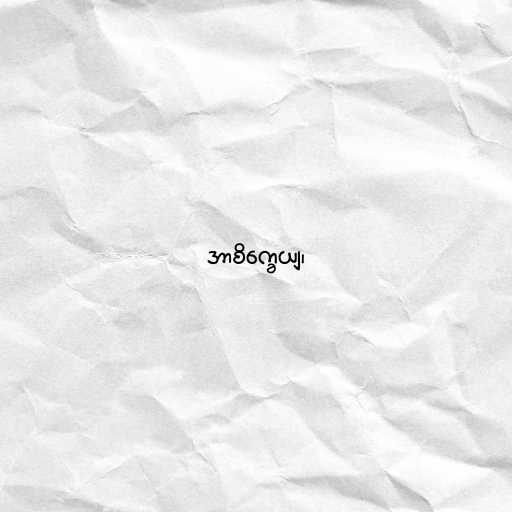
အာစိက္ခေယျ၊